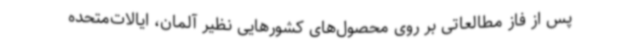
پس از فاز مطالعاتی بر روی محصول‌های کشورهایی نظیر آلمان، ایالات‌متحده